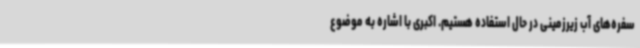
سفره‌های آب زیرزمینی در حال استفاده هستیم. اکبری با اشاره به موضوع